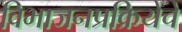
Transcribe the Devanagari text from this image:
विभाजनप्रक्रियेचे